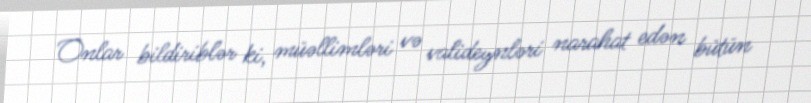
Onlar bildiriblər ki, müəllimləri və valideynləri narahat edən bütün